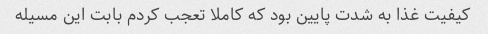
کیفیت غذا به شدت پایین بود که کاملا تعجب کردم بابت این مسیله